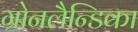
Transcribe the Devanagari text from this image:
ग्रोनलैन्डिका